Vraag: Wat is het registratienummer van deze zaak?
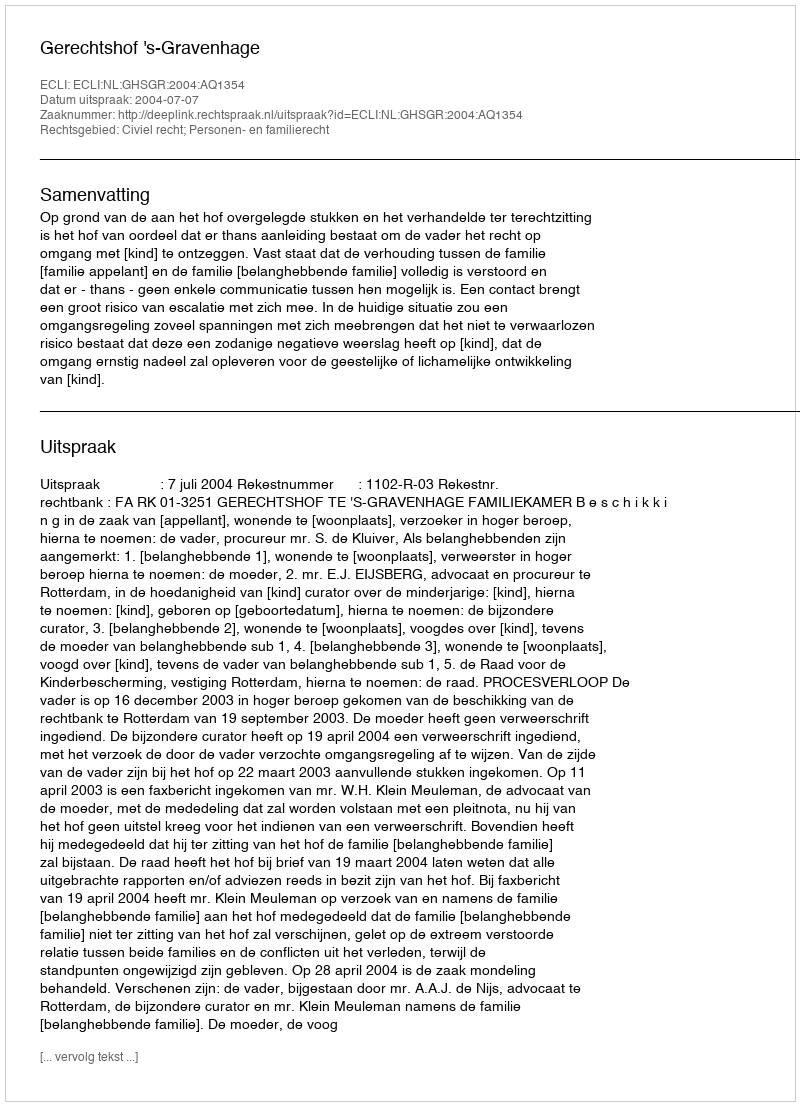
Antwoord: http://deeplink.rechtspraak.nl/uitspraak?id=ECLI:NL:GHSGR:2004:AQ1354